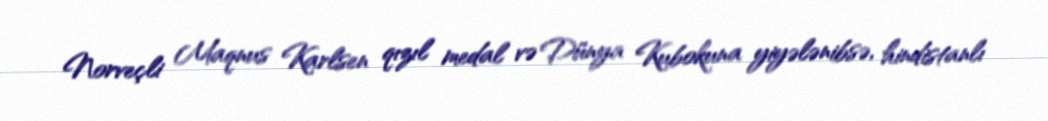
Norveçli Maqnus Karlsen qızıl medal və Dünya Kubokuna yiyələnibsə, hindistanlı